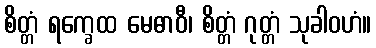
စိတ္တံ ရက္ခေထ မေဓာဝီ၊ စိတ္တံ ဂုတ္တံ သုခါဝဟံ။